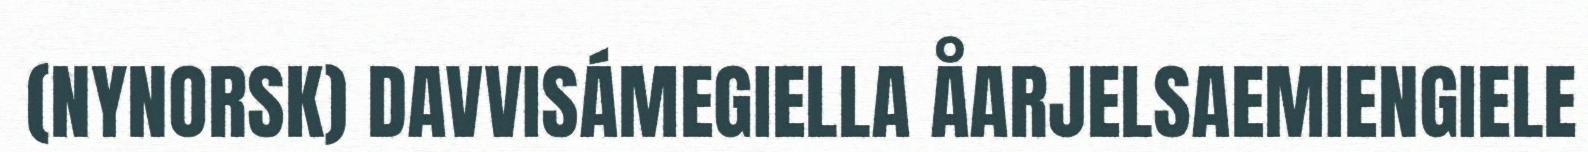
(NYNORSK) DAVVISÁMEGIELLA ÅARJELSAEMIENGIELE